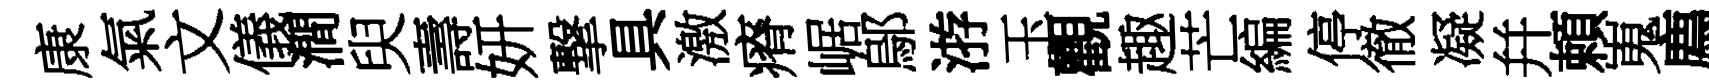
康氣文儀澗臾壽妍撃具激瘠崌鄔㳺玉觀趣芒編停徹凝幷頼嵬廌